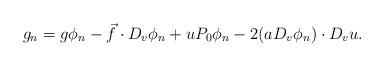
LaTeX: \begin{align*} g_n = g \phi_n - \vec f \cdot D_v \phi_n + u P_0 \phi_n - 2 (a D_v \phi_n) \cdot D_v u.\end{align*}